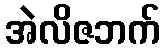
အဲလိဇဘက်